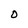
Character: D